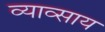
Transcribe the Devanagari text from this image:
व्याव्साय